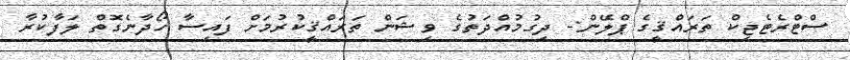
ސްޓްރެޓެޖިކް ތަރައްޤީގެ ޕްލޭން:- ދިގުމުއްދަތުގެ ވިޝަން ތަރައްޤީކުރުމަށް ފައިސާ ހޯދާނެގޮތް ލަފާކުރާ